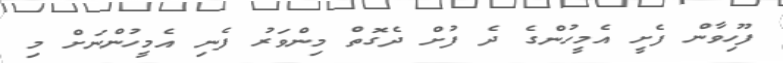
ފޫހިވާން ފެށީ އެމީހުންގެ ދެ ފުށް ދެގޮތް މިންވަރު ފެނި އެމީހުންނަށް މި